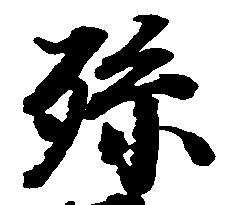
孫